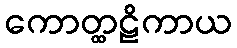
ကောတ္ထဠိကာယ